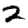
Digit: 2